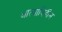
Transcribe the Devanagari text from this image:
आत्माविहीन